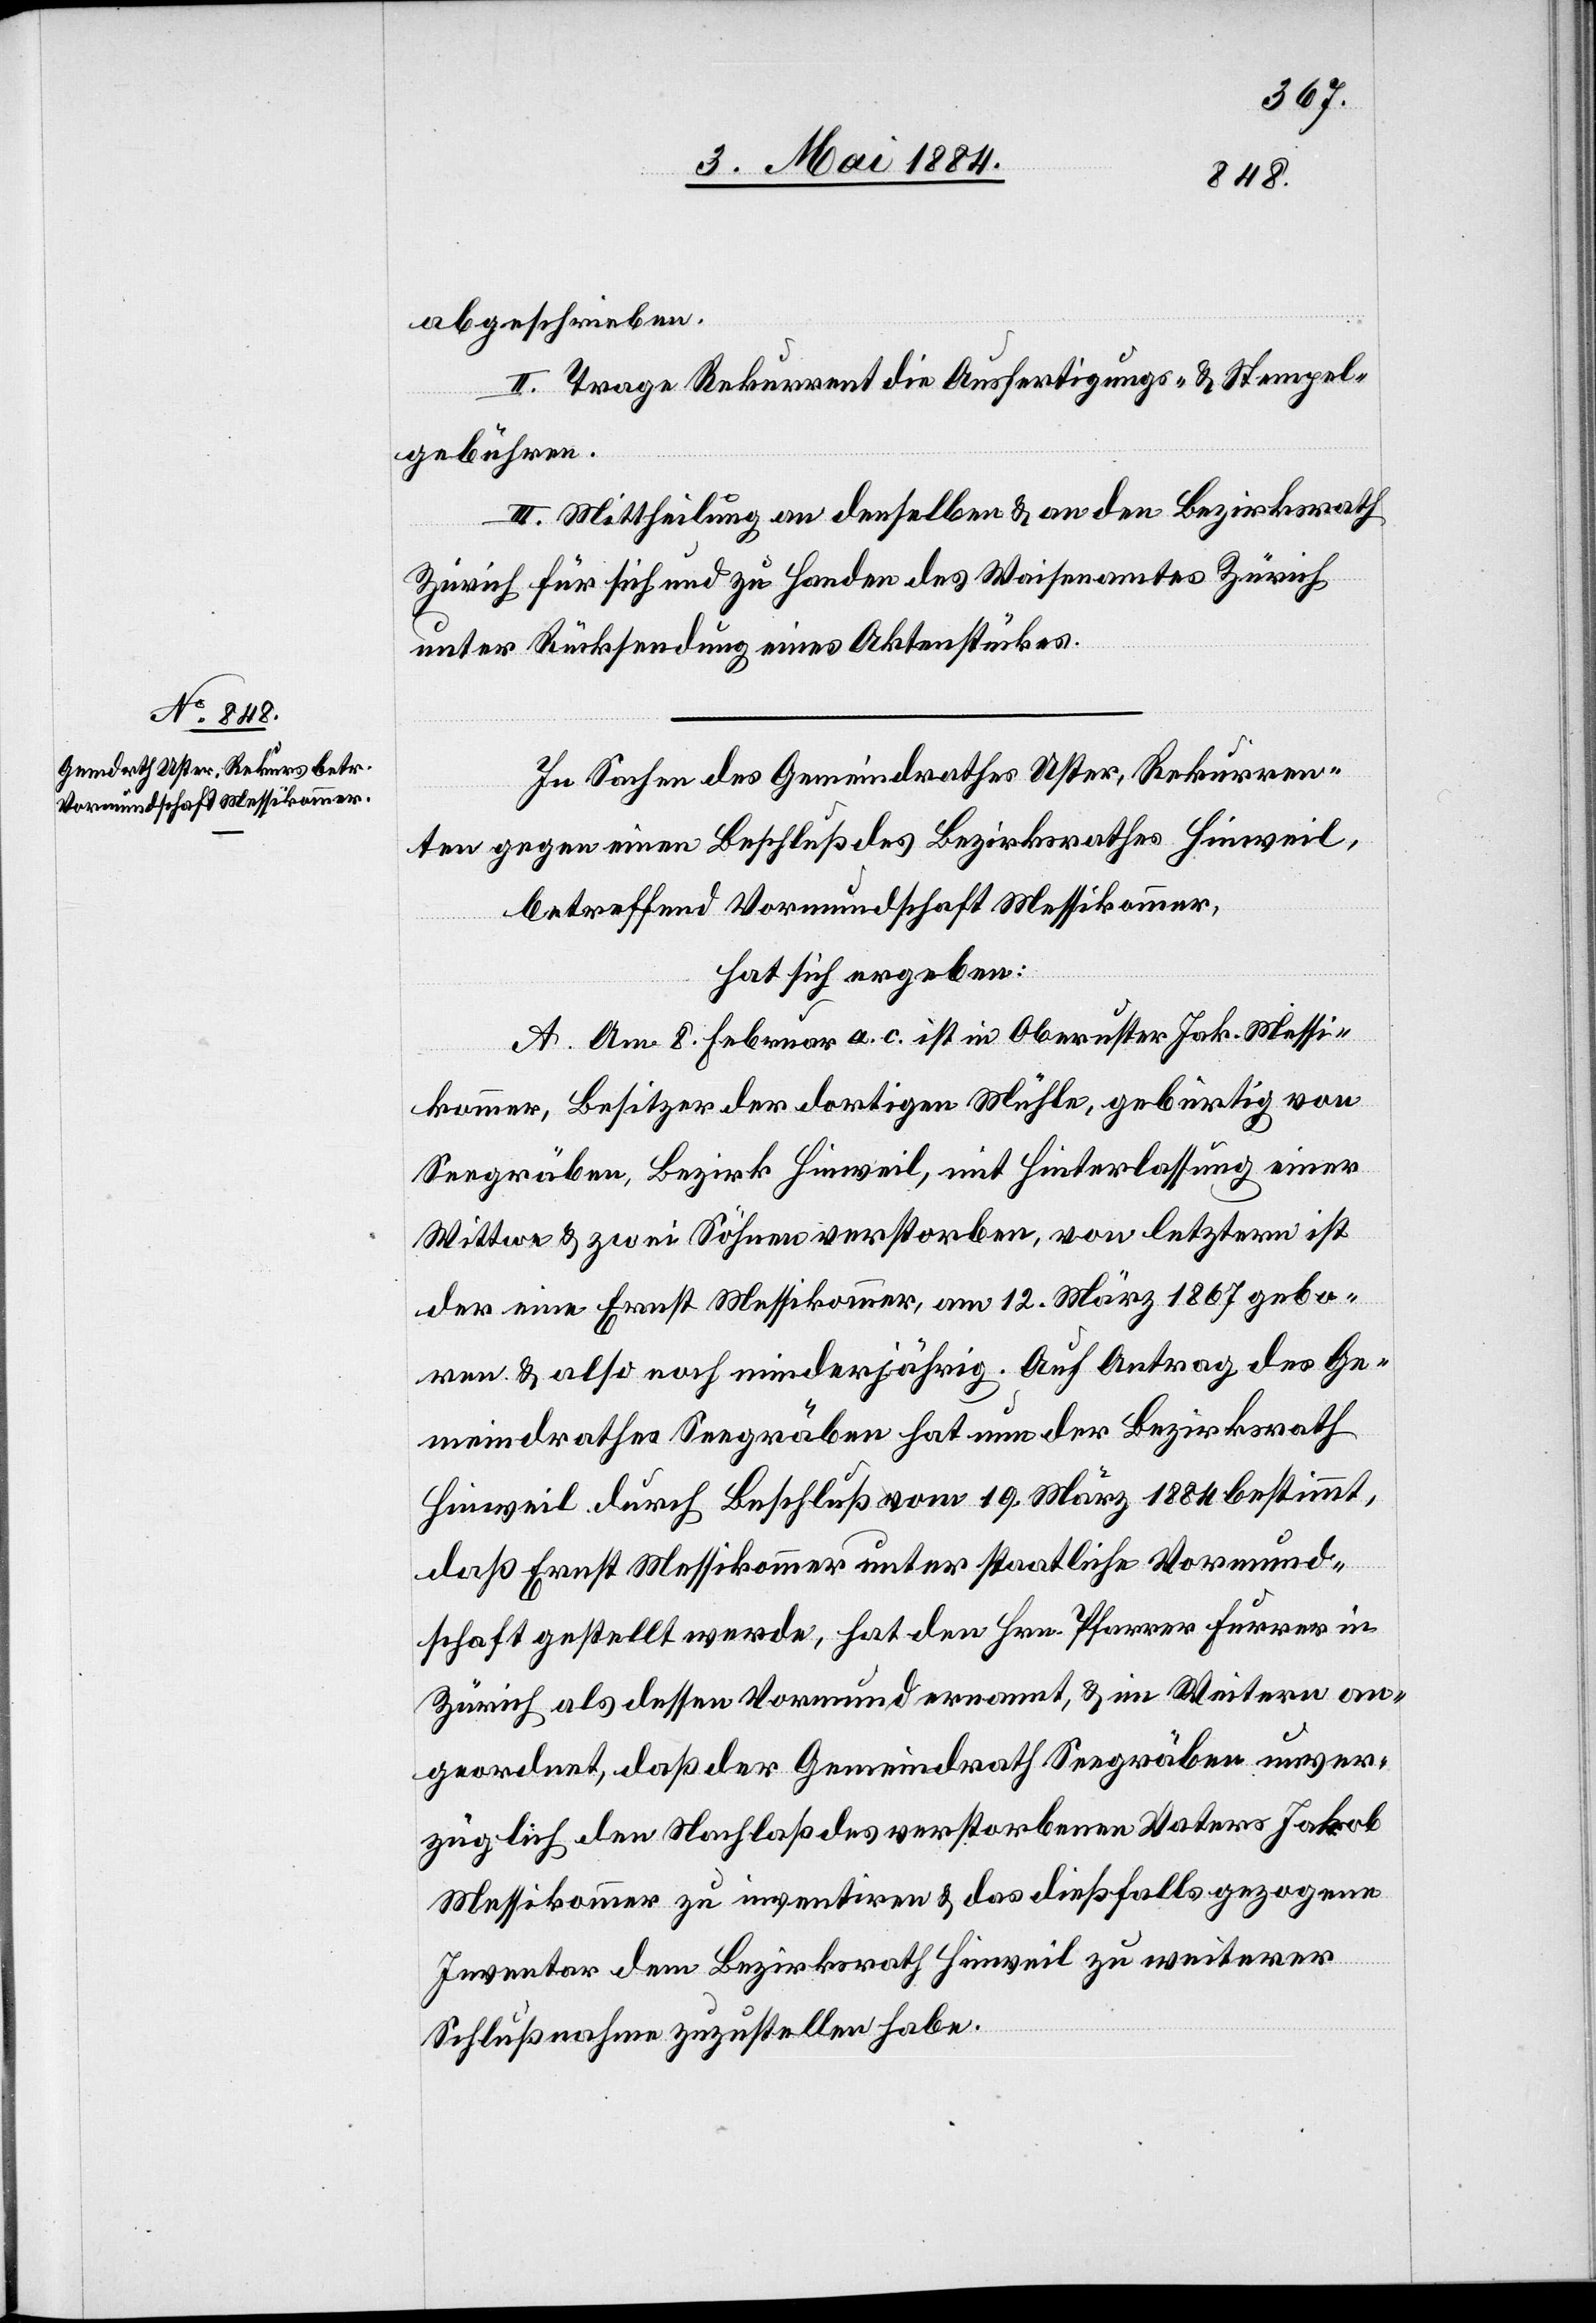
abgeschrieben.
II. Trage Rekurrent die Ausfertigung- & Stempel¬
gebühren.
III. Mittheilung an denselben & an den Bezirksrath
Zürich für sich und zu Handen des Waisenamtes Zürich
unter Rücksendung eines Aktenstückes.
In Sachen des Gemeindrathes Uster, Rekurren¬
ten gegen einen Beschluß des Bezirksrathes Hinweil,
betreffend Vormundschaft Messikommer,
hat sich ergeben:
A. Am 8. Februar a. c. ist in Oberuster Jak. Messi¬
kommer, Besitzer der dortigen Mühle, gebürtig von
Seegräben, Bezirk Hinweil, mit Hinterlassung einer
Wittwe & zwei Söhnen verstorben, von letztern ist
der eine Ernst Messikommer, am 12. März 1867 gebo¬
ren & also noch minderjährig. Auf Antrag des Ge¬
meindrathes Seegräben hat nun der Bezirksrath
Hinweil durch Beschluß vom 19. März 1884 bestimmt,
daß Ernst Messikommer unter staatliche Vormund¬
schaft gestellt werde, hat den Hrn. Pfarrer Furrer in
Zürich als dessen Vormund ernannt, & im Weitern an¬
geordnet, daß der Gemeindrath Seegräben unver¬
züglich den Nachlaß des verstorbenen Vaters Jakob
Messikommer zu inventiren & das dießfalls gezogene
Inventar dem Bezirksrath Hinweil zu weiterer
Schlußnahme zuzustellen habe.